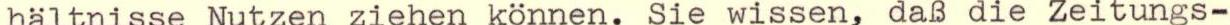
hältnisse Nutzen ziehen können. Sie wissen, daß die zeitungs-